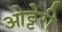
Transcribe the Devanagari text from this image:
ओट्टेरी